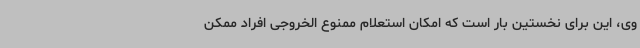
وی، این برای نخستین بار است که امکان استعلام ممنوع الخروجی افراد ممکن